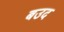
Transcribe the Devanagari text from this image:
बउद